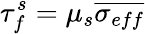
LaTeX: \tau_{f}^{s}=\mu_{s}\overline{{\sigma_{eff}}}